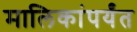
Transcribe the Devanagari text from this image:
मालिकांपर्यंत